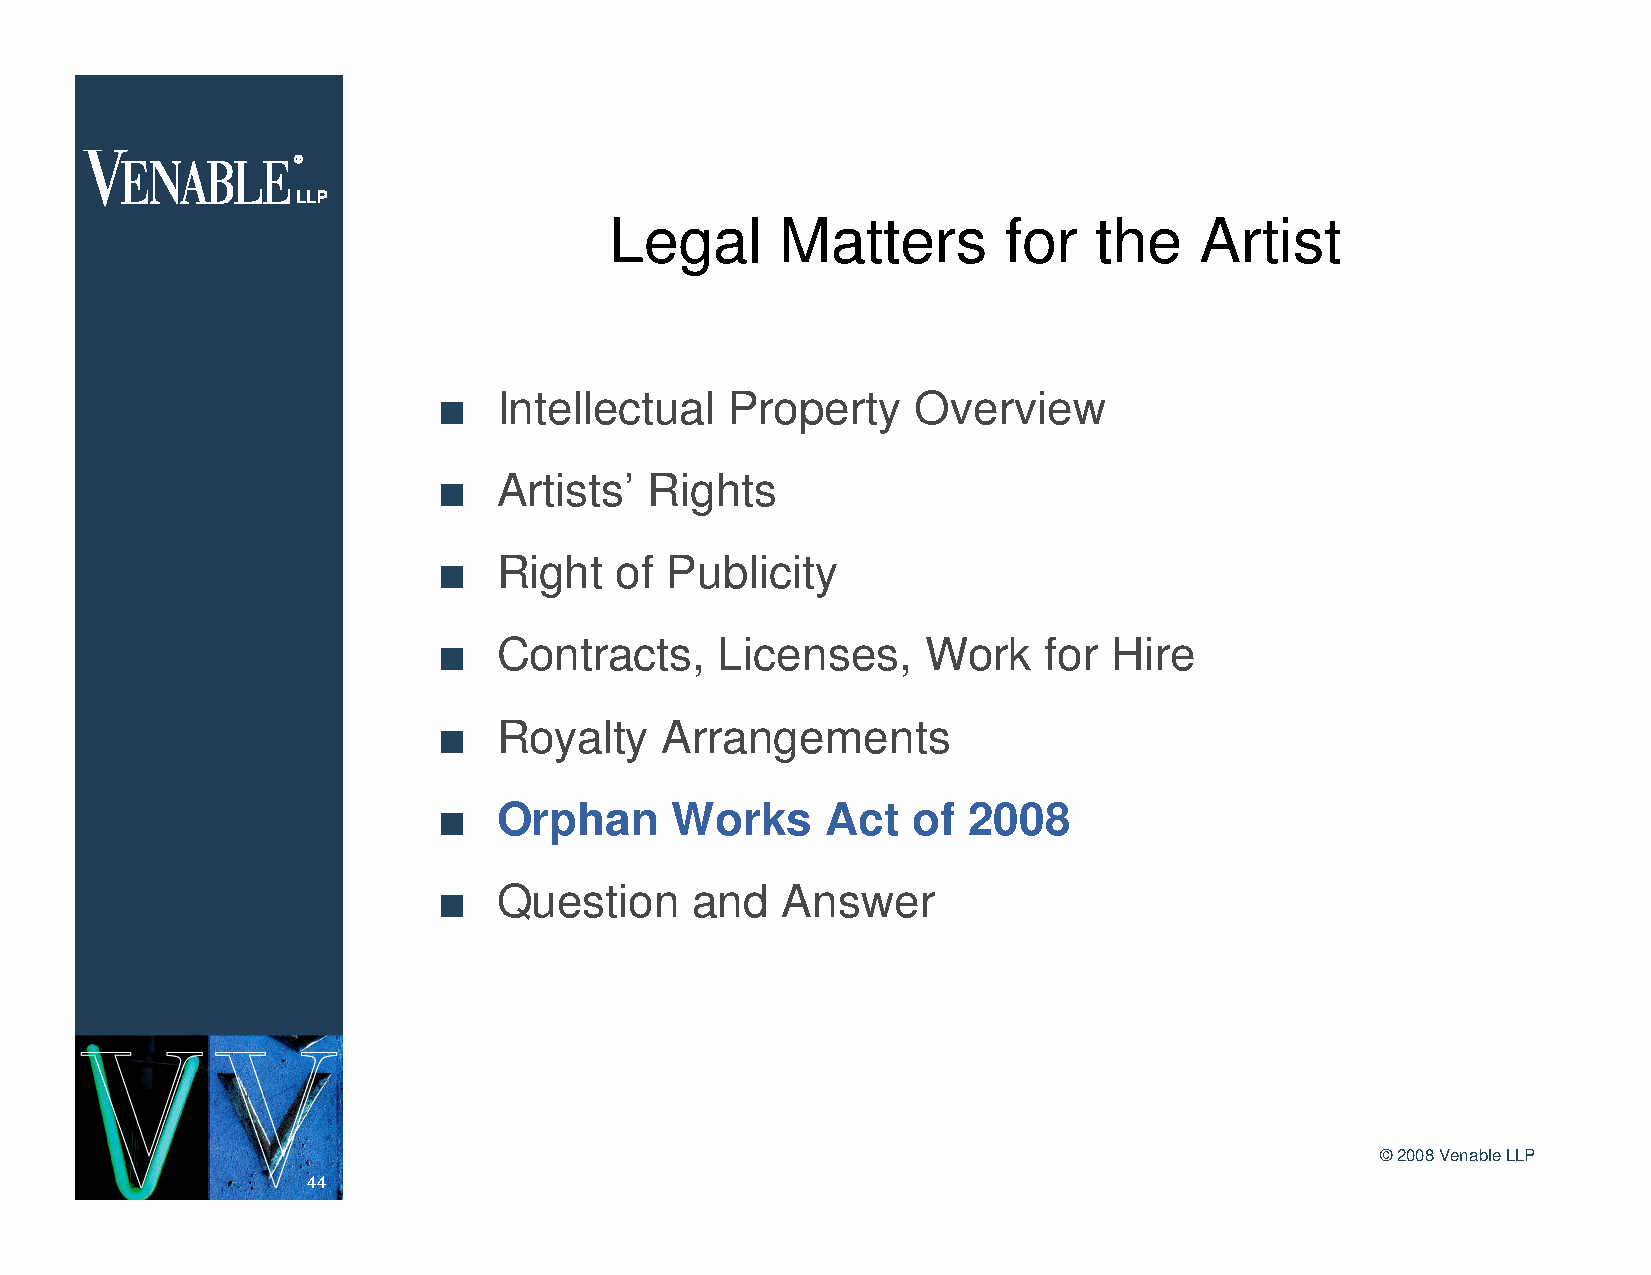
Legal       Matters       for   the    Artist
 n   Intellectual   Property     Overview
 n   Artists’  Rights
 n   Right   of Publicity
 n   Contracts,     Licenses,    Work    for  Hire
 n   Royalty    Arrangements
 n   Orphan     Works      Act  of  2008
 n   Question     and   Answer
 ©2008 Venable LLP
 44